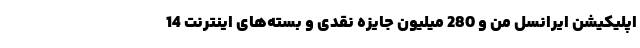
اپلیکیشن ایرانسل من و 280 میلیون جایزه نقدی و بسته‌های اینترنت 14